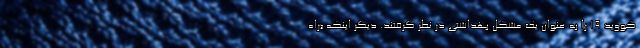
کووید ۱۹ را به عنوان یک مشکل بهداشتی در نظر گرفتند. دیگر اینکه «راه